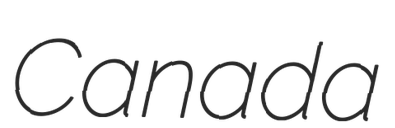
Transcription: Canada